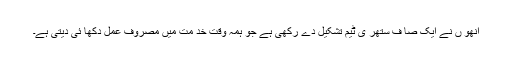
انھو ں نے ایک صا ف ستھر ی ٹیم تشکیل دے رکھی ہے جو ہمہ وقت خد مت میں مصروف عمل دکھا ئی دیتی ہے۔